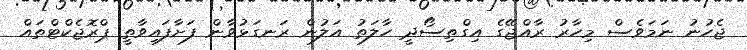
ޖެހުނު ނަމަވެސް މިހާރު ރާއްޖޭގެ އިގްތިސޯދީ ހާލަތު އަލުން ރަނގަޅުވާން ފަށާފައިވާތީ ޕްރޮޖެކްޓްތައް